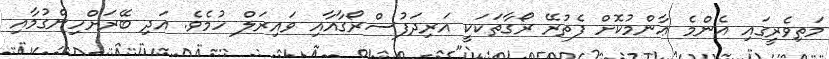
މަތިވެރީގައި އެންމެ ޢާންމުކޮށް ފެތުރޭ ރޯގާތަކަކީ އަރިދަފުސްރޯގާއާއި ވައިރަލް ހުމެވެ. އަދި ބޭރަށްހިންގުމާއި